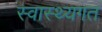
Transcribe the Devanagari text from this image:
स्वास्थ्यगत